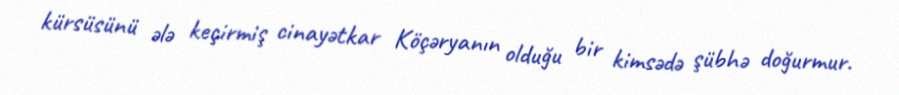
kürsüsünü ələ keçirmiş cinayətkar Köçəryanın olduğu bir kimsədə şübhə doğurmur.